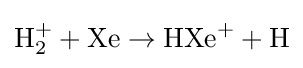
{\rm {H_{2}^{+}+Xe\rightarrow HXe^{+}+H}}